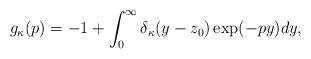
LaTeX: \begin{align*} g_{\kappa}(p)= -1 + \int_0^{\infty} \delta_{\kappa}(y-z_0) \exp(-py) dy, \end{align*}